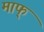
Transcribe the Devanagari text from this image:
माफ्